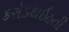
કરોડથઈહતી